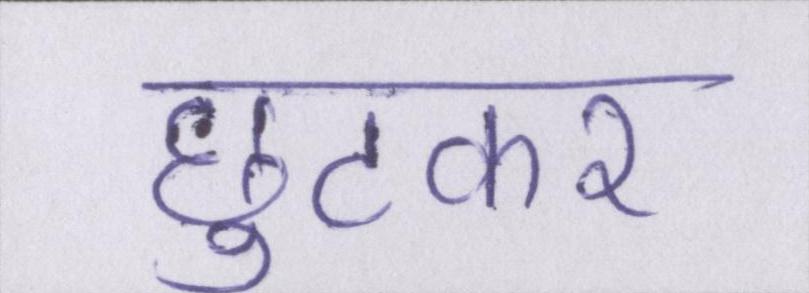
छुटकर